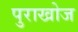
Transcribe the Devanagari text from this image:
पुराखोज